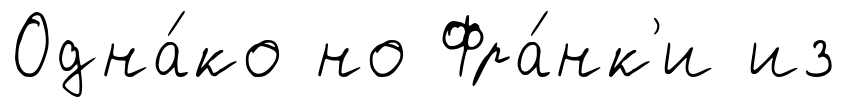
Одна́ко но Фра́нк'и из